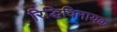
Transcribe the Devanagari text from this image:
रिद्धिविनायक